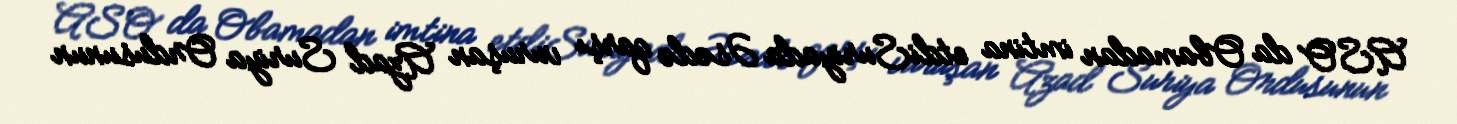
ASO da Obamadan imtina etdiSuriyada Əsədə qarşı vuruşan Azad Suriya Ordusunun